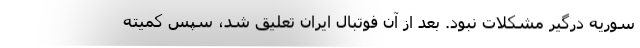
سوریه درگیر مشکلات نبود. بعد از آن فوتبال ایران تعلیق شد، سپس کمیته